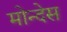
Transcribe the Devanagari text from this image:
मोन्देस